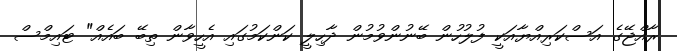
ރާއްޖޭގެ އަސްކަރިއްޔާއަކީ ފުލުހުން ބޭނުންވުމުން ދާހިލީ ކަންކަމުގައި އެހީވާން ތިބޭ ބައެއް" ޓައިމްސް